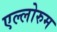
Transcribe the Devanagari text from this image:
एल्लोरुम